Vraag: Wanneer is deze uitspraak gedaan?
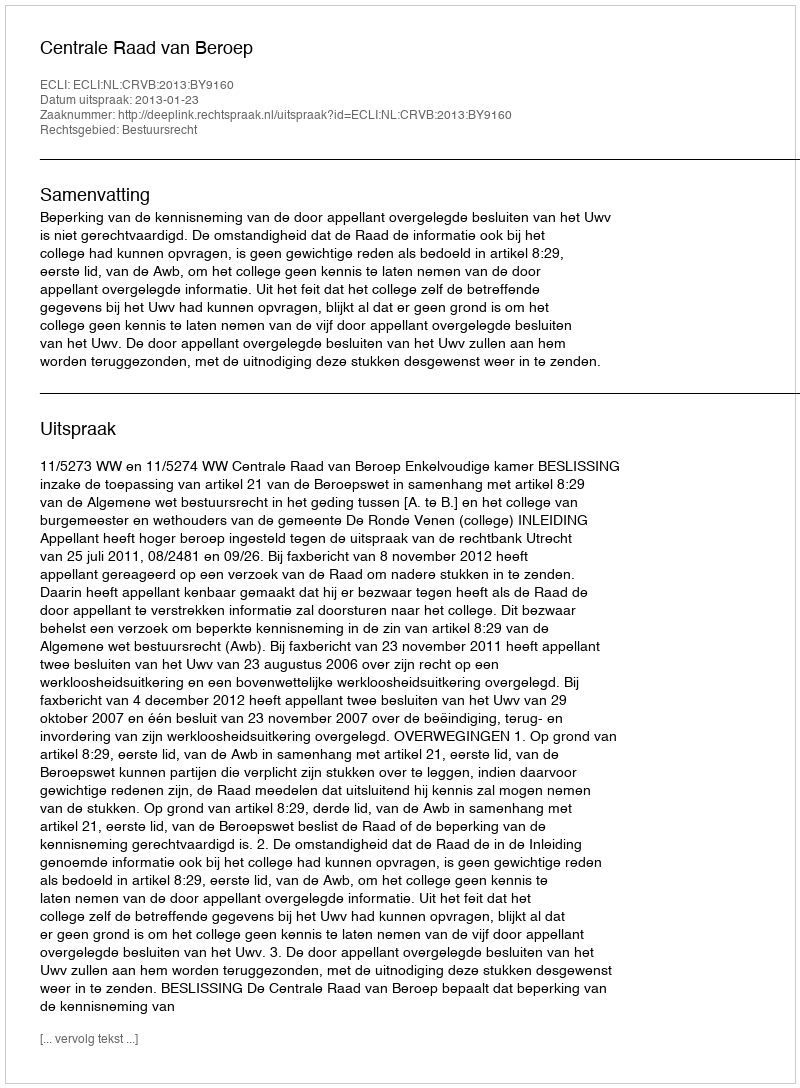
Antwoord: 2013-01-23